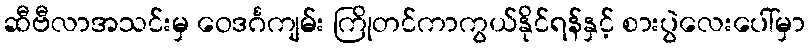
ဆီဗီလာအသင်းမှ ဝေဒင်္ဂကျမ်း ကြိုတင်ကာကွယ်နိုင်ရန်နှင့် စားပွဲလေးပေါ်မှာ